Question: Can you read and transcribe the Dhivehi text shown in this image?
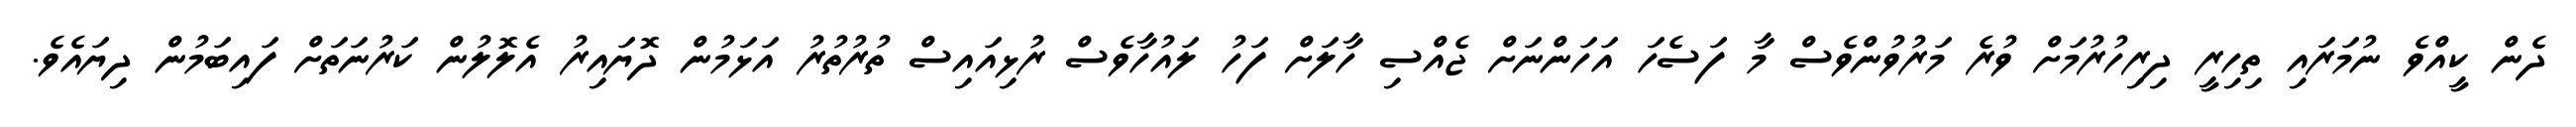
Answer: ދެން ކީއްވެ ނުމަރައި ތިހިރީ ދިރިހުރުމަށް ވުރެ މަރުވުންވެސް މާ ފަސެހަ އަހަންނަށް ޖެއްސި ހާލަށް ފަހު ލައުހާވެސް ރުޅިއައިސް ތުރުތުރު އަޅަމުން ދޮޔައިރު އެލޮލުން ކަރުނަތަށް ފައިބަމުން ދިޔައެވެ.